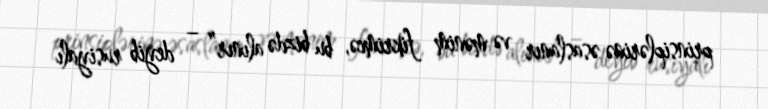
prinsiplərinə əsaslanır və mənim fikrimcə, bu bizdə alınır” – deyib rusiyalı